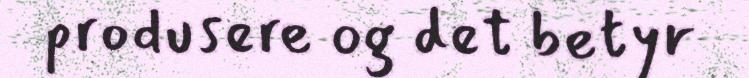
produsere og det betyr